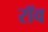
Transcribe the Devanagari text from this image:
रॉव